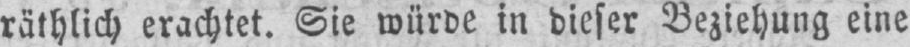
räthlich erachtet. Sie würde in dieser Beziehung eine